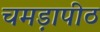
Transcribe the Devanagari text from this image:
चमड़ापीठ